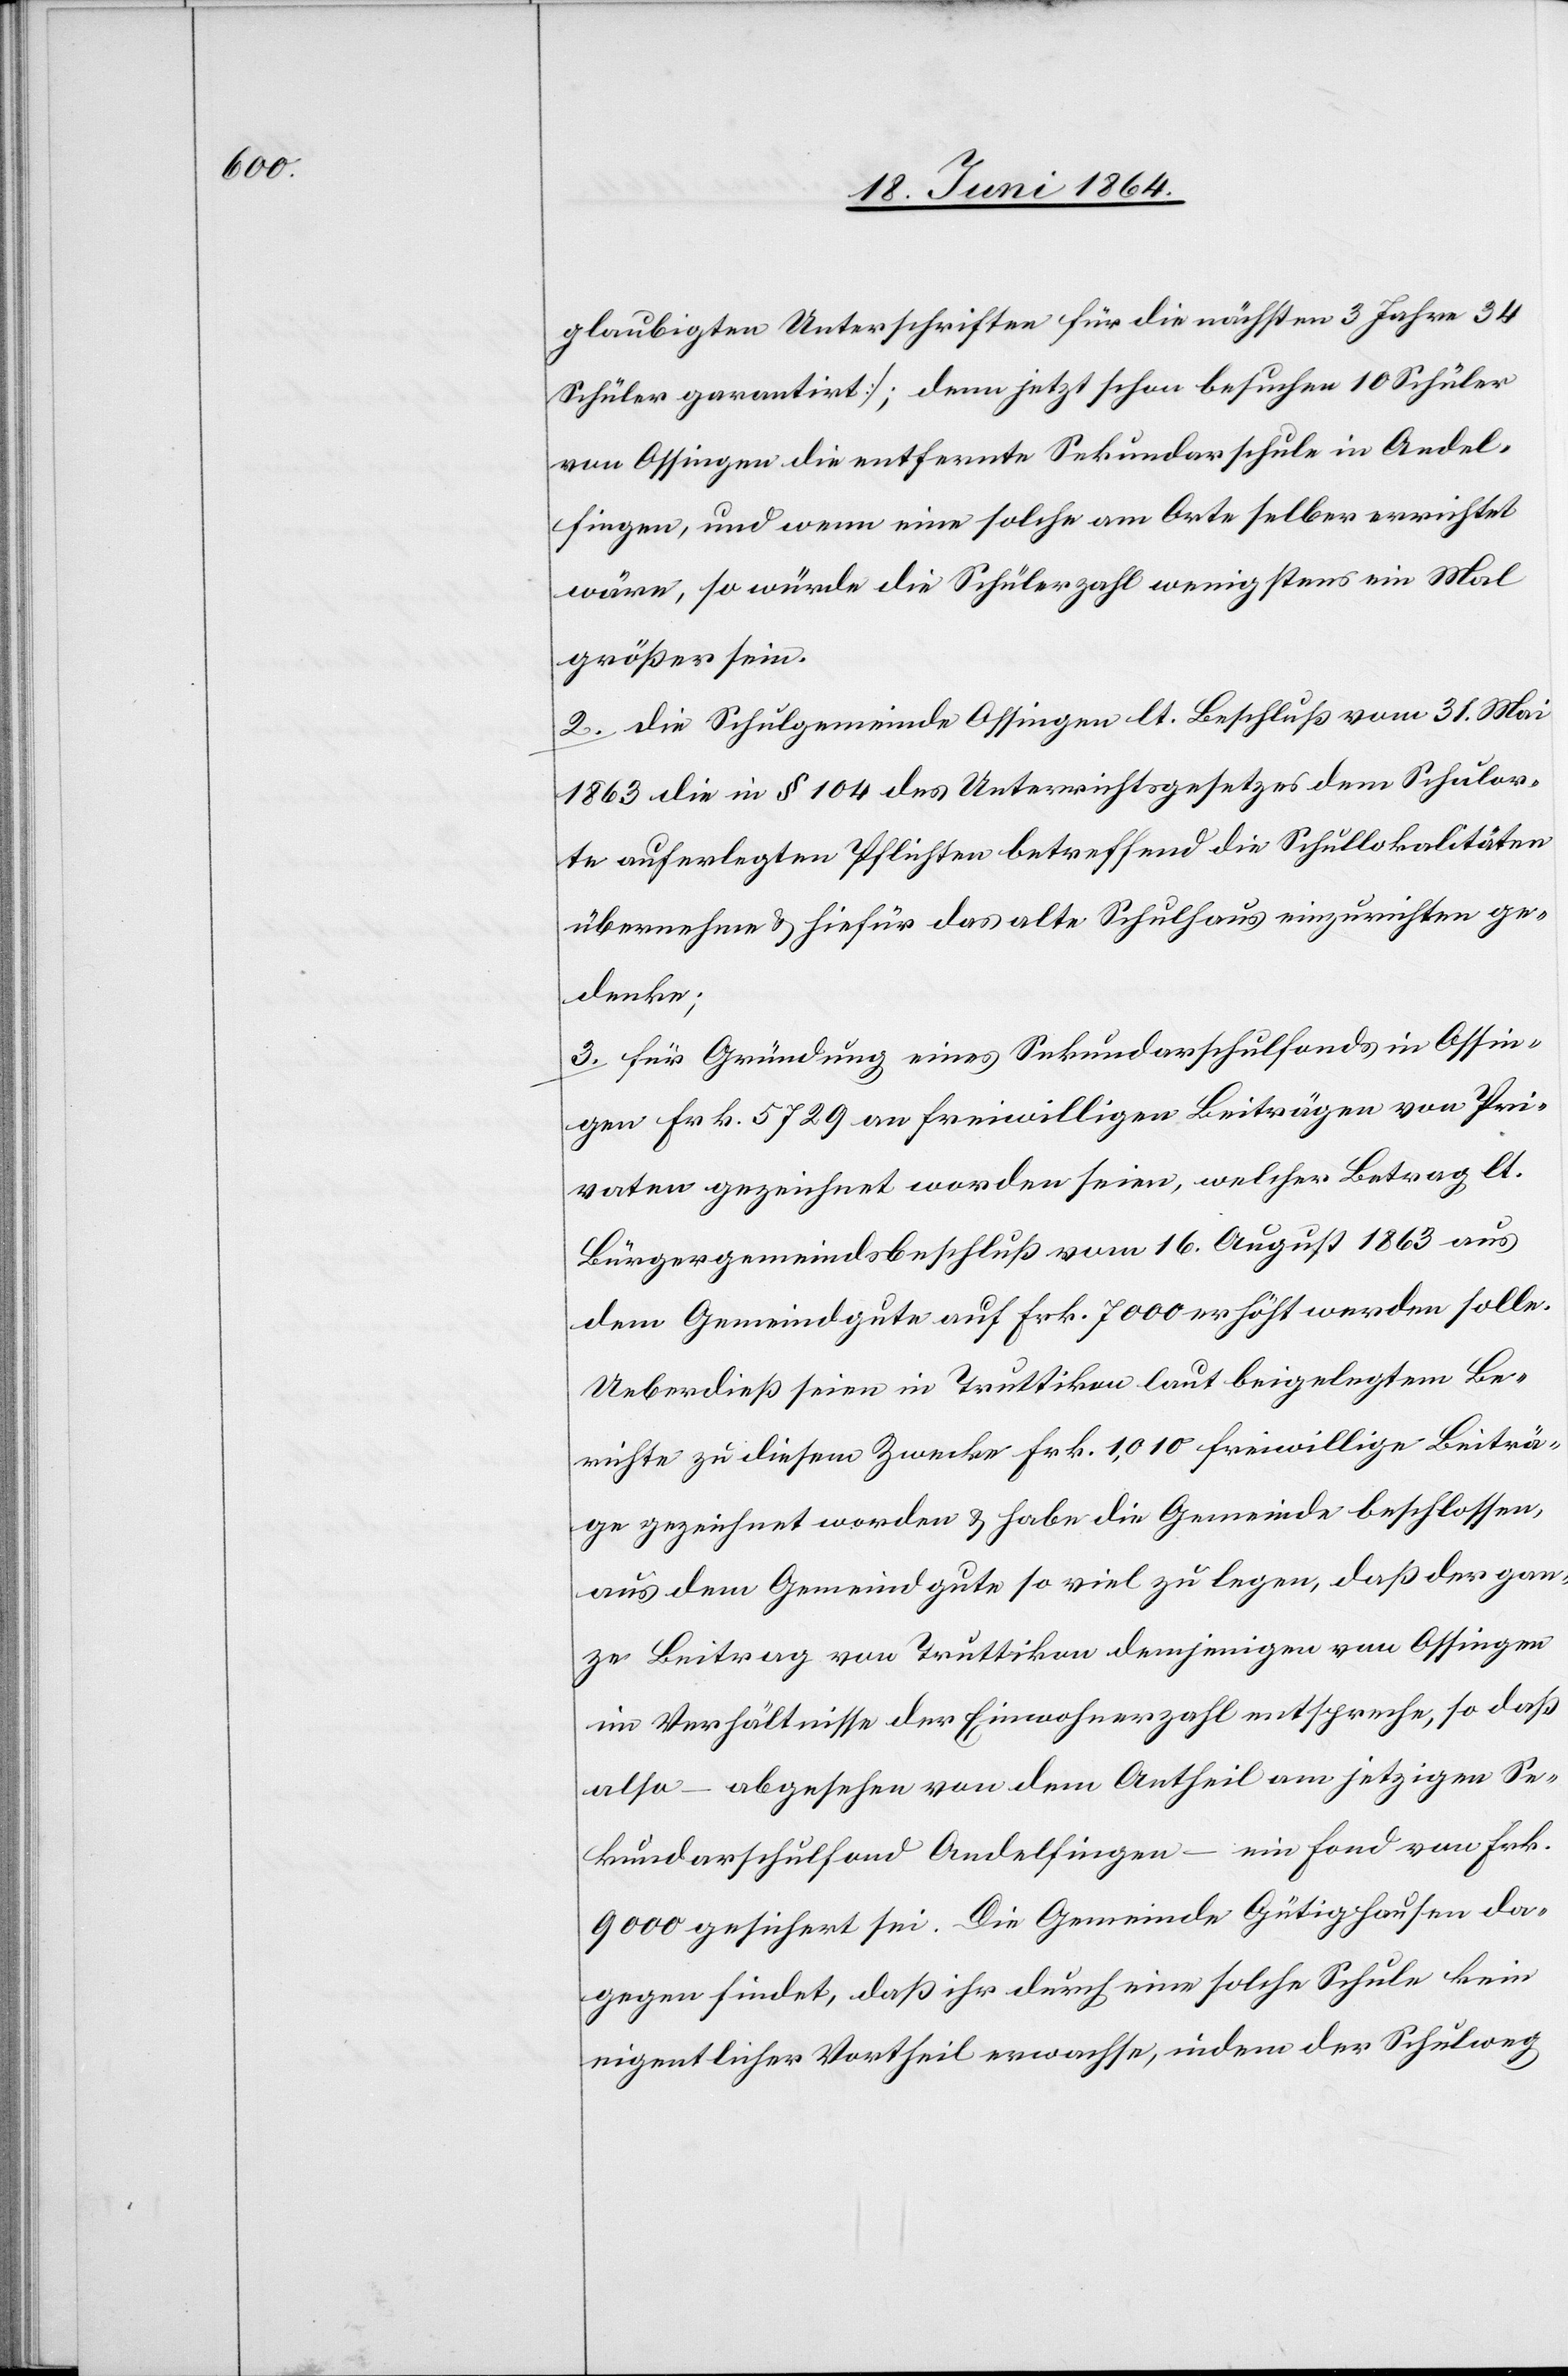
glaubigten Unterschriften für die nächsten 3 Jahre 34
Schüler garantirt]; denn jetzt schon besuchen 10 Schüler
von Ossingen die entfernte Sekundarschule in Andel¬
fingen, und wenn eine solche am Orte selber errichtet
wäre, so würde die Schülerzahl wenigstens ein Mal
größer sein.
2. die Schulgemeinde Ossingen lt. Beschluß vom 31. Mai
1863 die in § 104 des Unterrichtsgesetzes dem Schulor¬
te auferlegten Pflichten betreffend die Schullokalitäten
übernehme u. hiefür das alte Schulhaus einzurichten ge¬
denke;
3. für Gründung eines Sekundarschulfonds in Ossin¬
gen Frk. 5729 an freiwilligen Beiträgen von Pri¬
vaten gezeichnet worden seien, welcher Betrag lt.
Bürgergemeindsbeschluß vom 16. August 1863 aus
dem Gemeindgute auf Frk. 7000 erhöht werden solle.
Ueberdieß seien in Truttikon laut beigelegtem Be¬
richte zu diesem Zwecke Frk. 1,010 freiwillige Beiträ¬
ge gezeichnet worden u. habe die Gemeinde beschlossen,
aus dem Gemeindgute so viel zu legen, daß der gan¬
ze Beitrag von Truttikon demjenigen von Ossingen
im Verhältnisse der Einwohnerzahl entspreche, so daß
also – abgesehen von dem Antheil am jetzigen Se¬
kundarschulfond Andelfingen – ein Fond von Frk.
9000 gesichert sei. Die Gemeinde Gütighausen da¬
gegen findet, daß ihr durch eine solche Schule kein
eigentlicher Vortheil erwachse, indem der Schulweg